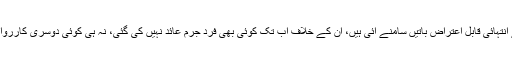
جن لوگوں کے حوالے سے انتہائی قابلِ اعتراض باتیں سامنے آئی ہیں، اُن کے خلاف اب تک کوئی بھی فردِ جرم عائد نہیں کی گئی، نہ ہی کوئی دوسری کارروائی عمل میں لائی گئی ہے۔